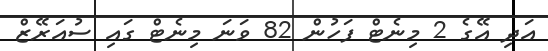
އަދި އޭގެ 2 މިނެޓް ފަހުން 82 ވަނަ މިނެޓް ގައި ސުއަރޭޒް